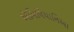
ઍમિલિયાનિઆ